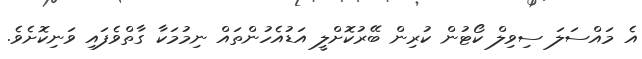
އެ މައްސަލަ ސިވިލް ކޯޓުން ކުރިން ބޭރުކޮށްލީ އަޑުއެހުންތައް ނިމުމަކާ ގާތްވެފައި ވަނިކޮށެވެ.